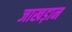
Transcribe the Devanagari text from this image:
जाखड़ान